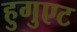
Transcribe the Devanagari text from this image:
हुगुएट